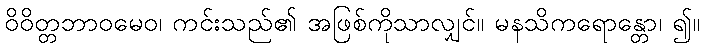
ဝိဝိတ္တဘာဝမေဝ၊ ကင်းသည်၏ အဖြစ်ကိုသာလျှင်။ မနသိကရောန္တော၊ ၍။